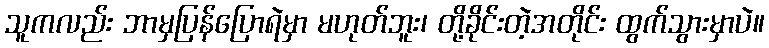
သူကလည်း ဘာမှပြန်ပြောရဲမှာ မဟုတ်ဘူး၊ တို့ခိုင်းတဲ့အတိုင်း ထွက်သွားမှာပဲ။